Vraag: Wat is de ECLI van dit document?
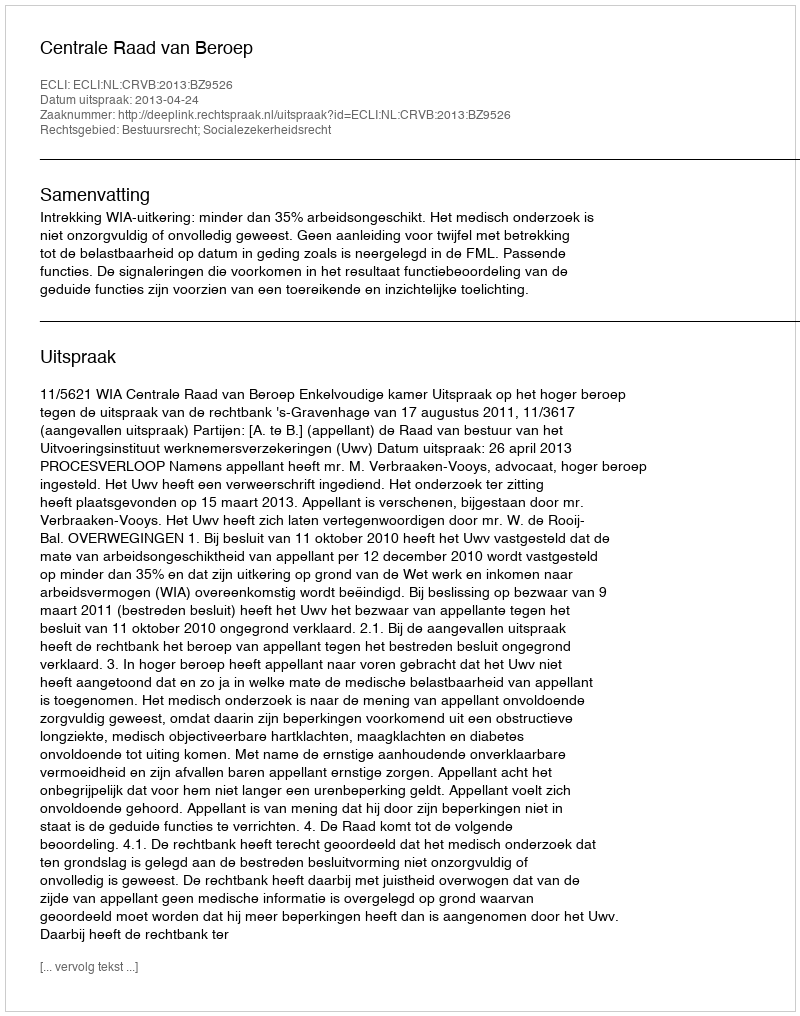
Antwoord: ECLI:NL:CRVB:2013:BZ9526